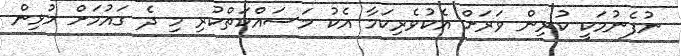
ނުފެނުމަކީ ކުރިން ވަރަށް އެކުވެރިކަމާ އެކު މަސައްކަތްކުރި މި ދެ ގައުމަށް މުޅިން